Rangoon Lunatic Asylum 1878-1892 - 1878-1892
Year: 1878
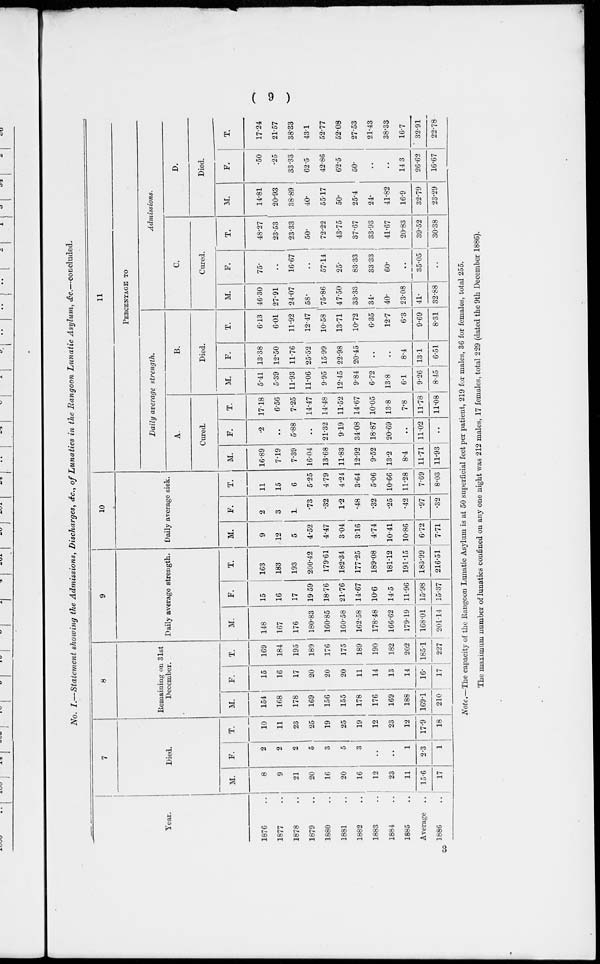
( 9 )
No. I.—Statement showing the Admissions, Discharges, &c., of Lunatics in the Rangoon Lunatic Asylum, &c.—concluded.
Year.
1876 ..
1877 ..
1878 ..
1879 ..
1880 ..
1881 ..
1882 ..
1883 ..
1884 ..
1885 ..
Average
1886 ..
7
Died.
M.
8
9
21
20
16
20
16
12
23
11
15.6
17
F.
2
2
2
5
3
5
3
..
..
1
2.3
1
T.
10
11
23
25
19
25
19
12
23
12
17.9
18
8
Remaining on 31st
December.
M.
154
168
178
169
156
155
178
176
169
188
169.1
210
F.
15
16
17
20
20
20
11
14
13
14
16.
17
T.
169
184
195
189
176
175
189
190
182
202
185.1
227
9
Daily average strength.
M.
148
167
176
180.83
160.85
160.58
162.58
178.48
166.62
179.19
168.01
201.14
F.
15
16
17
19.59
18.76
21.76
14.67
10.6
14.5
11.96
15.98
15.37
T.
163
183
193
200.42
179.61
182.34
177.25
189.08
181.12
191.15
183.99
216.51
10
Daily average sick.
M.
9
12
5
4.52
4.47
3.04
316
4.74
10.41
10.86
6.72
7.71
F.
2
3
1
.73
.32
1.2
.48
.32
.25
.42
.97
.32
T.
11
15
6
5.25
4.79
4.24
3.64
5.06
10.66
11.28
7.69
8.03
11
PERCENTAGE TO
Daily average strength.
A.
Cured.
M.
16.89
7.19
7.39
16.04
13.68
11.83
12.92
9.52
13.2
8.4
11.71
11.93
F.
.2
..
5.88
..
21.32
9.19
34.08
18.87
20.69
..
11.02
..
T.
17.18
6.56
7.25
14.47
14.48
11.52
14.67
10.05
13.8
7.8
11.78
11.08
B.
Died.
M.
5.41
5.39
11.93
11.06
9.95
12.45
9.84
6.72
13.8
6.1
9.26
8.45
F.
13.38
12.50
11.76
25.52
15.99
22.98
20.45
..
..
8.4
13.1
6.51
T.
6.13
6.01
11.92
12.47
10.58
13.71
10.72
6.35
12.7
6.3
9.69
8.31
Admissions.
C.
Cured.
M.
46.30
27.91
24.07
58.
75.86
47.50
33.33
34.
40.
23.08
41.
32.88
F.
75.
..
16.67
..
57.14
25.
83.33
33.33
60.
..
35.05
..
T.
48.27
23.53
23.33
50.
72.22
43.75
37.67
33.93
41.67
20.83
39.52
30.38
D.
Died.
M.
14.81
20.93
38.89
40.
55.17
50.
25.4
24.
41.82
16.9
32.79
23.29
F.
.50
.25
33.33
62.5
42.86
62.5
50.
..
..
14.3
26.62
16.67
T.
17.24
21.57
38.33
43.1
52.77
52.08
27.53
21.43
38.33
16.7
32.91
22.78
Note.—The capacity of the Rangoon Lunatic Asylum is at 50 superficial feet per patient, 219 for males, 36 for females, total 255.
The maximum number of lunatics confined on any one night was 212 males, 17 females, total 229 (dated the 9th December 1886).
3